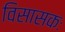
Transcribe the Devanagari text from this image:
विसासकः